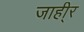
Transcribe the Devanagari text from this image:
जाही्र